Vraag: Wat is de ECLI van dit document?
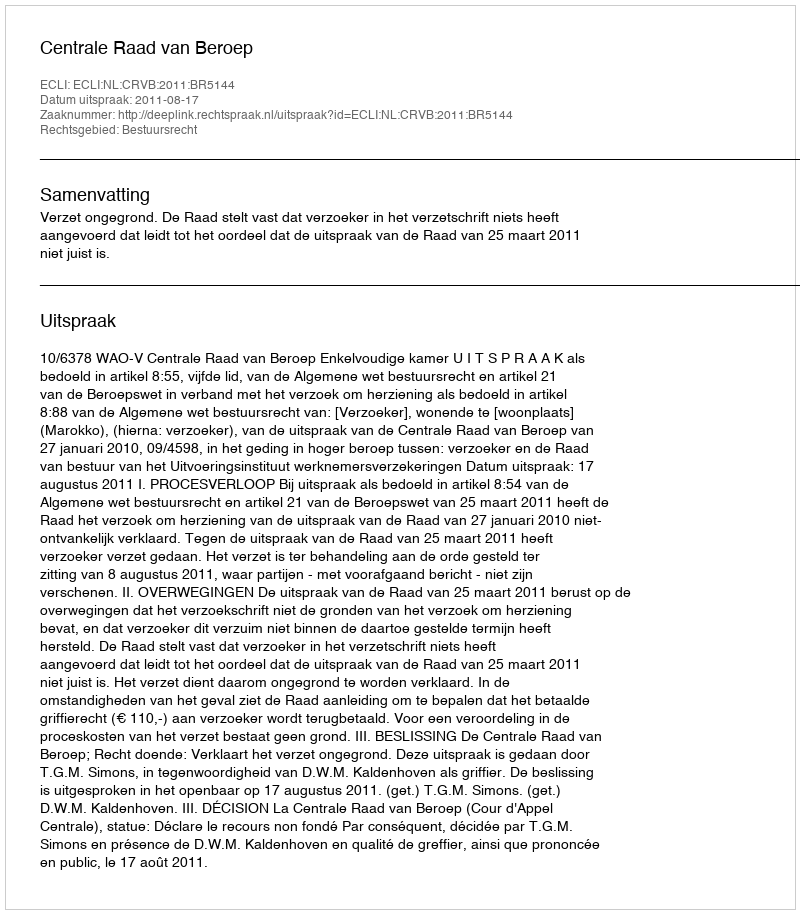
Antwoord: ECLI:NL:CRVB:2011:BR5144